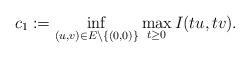
LaTeX: \begin{align*}c_{1}:=\mathop{\inf}\limits_{(u,v)\in E\setminus\{(0,0)\}}\mathop{\max}\limits_{t\geq0}I(tu,tv).\end{align*}